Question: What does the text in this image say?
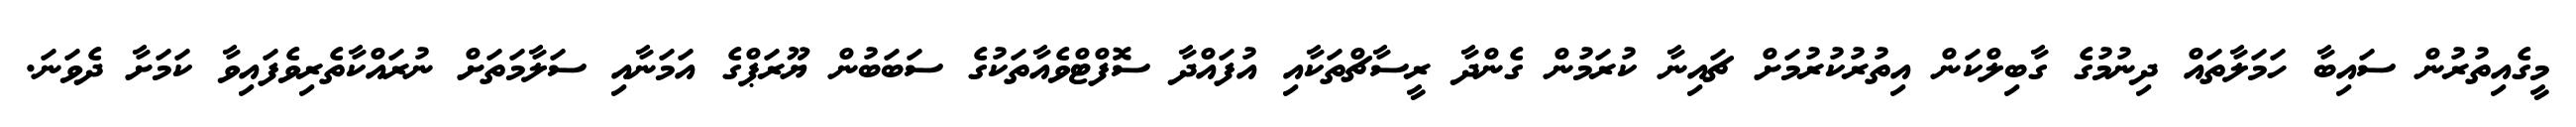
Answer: މީގެއިތުރުން ސައިބާ ހަމަލާތައް ދިނުމުގެ ގާބިލްކަން އިތުރުކުރުމަށް ޗައިނާ ކުރަމުން ގެންދާ ރީސާޗްތަކާއި އުފައްދާ ސޮފްޓްވެއާތަކުގެ ސަބަބުން ޔޫރަޕްގެ އަމަނާއި ސަލާމަތަށް ނުރައްކާތެރިވެފައިވާ ކަމަށާ ދެވަނަ.